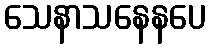
သေနာသနေနပေ